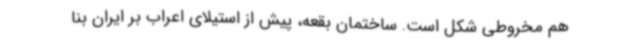
هم مخروطی شکل است. ساختمان بقعه، پیش از استیلای اعراب بر ایران بنا